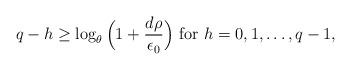
LaTeX: \begin{align*} q-h\ge \log_{\theta}\Big(1+\frac{d \rho}{\epsilon_0}\Big)~{\rm for}~h=0,1,\dots,q-1, \end{align*}